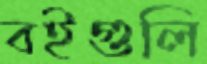
বইগুলি